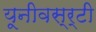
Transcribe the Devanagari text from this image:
यूनीवस्र्टी